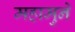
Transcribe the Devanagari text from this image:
महामुने